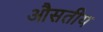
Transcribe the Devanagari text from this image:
औसतीय